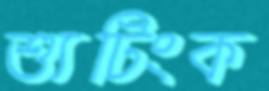
শ্যুটিংক